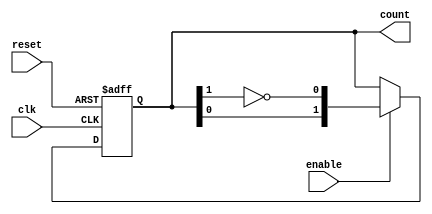
module modified_johnson_counter #(parameter n = 2) (
    input wire clk,           // Clock signal
    input wire reset,         // Reset signal
    input wire enable,        // Enable signal
    output reg [n-1:0] count  // Counter output
);

    // Internal signal for feedback
    wire feedback;

    // Feedback is the inverted output of the last flip-flop
    assign feedback = ~count[n-1];

    always @(posedge clk or posedge reset) begin
        if (reset) begin
            // Initialize counter to zero on reset
            count <= 0;
        end else if (enable) begin
            // Update the counter based on the feedback mechanism
            count <= {count[n-2:0], feedback}; // Shift left and insert feedback
        end
    end
endmodule